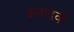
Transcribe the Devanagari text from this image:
इलादेवी